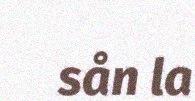
sån la